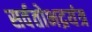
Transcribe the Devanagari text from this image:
सर्वतोभद्रयंत्र